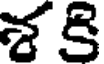
శకి